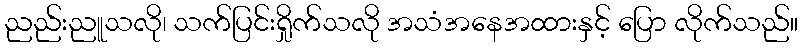
ညည်းညူသလို၊ သက်ပြင်းရှိုက်သလို အသံအနေအထားနှင့် ပြော လိုက်သည်။